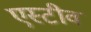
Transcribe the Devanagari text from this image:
एस्टीव